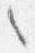
之